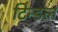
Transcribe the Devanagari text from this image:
टिन्डल